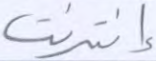
إنترنت